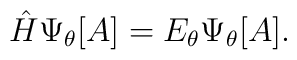
{\hat H}\Psi_\theta[A]= E_\theta\Psi_\theta[A].